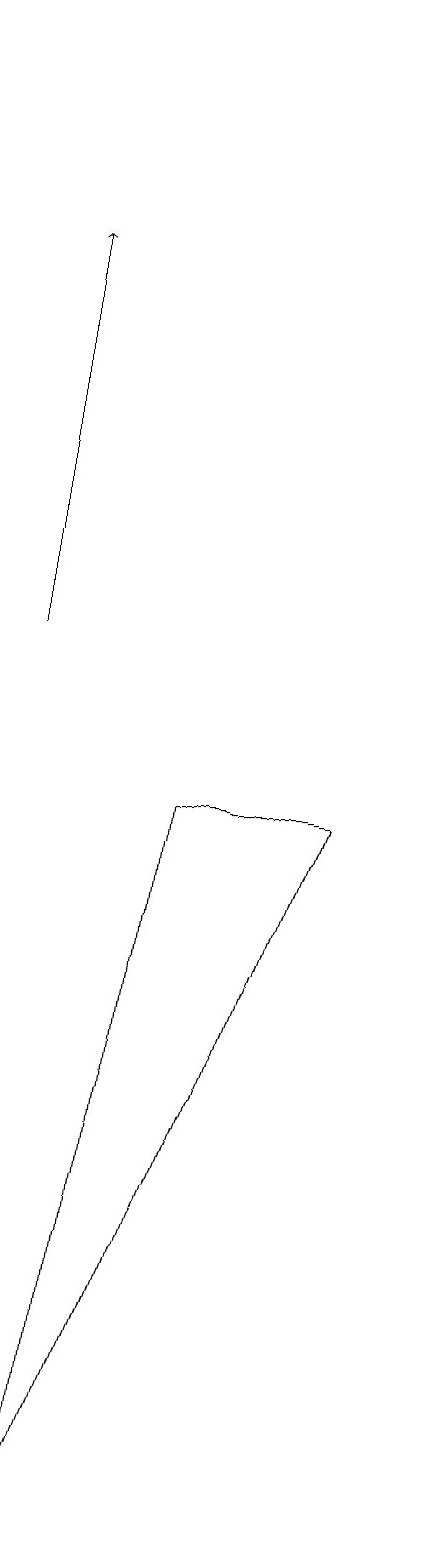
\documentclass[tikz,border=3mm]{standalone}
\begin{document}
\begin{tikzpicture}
\draw[->] (2,11) -- (2,16);
\draw (4,9) -- (3,0) -- (6,9) -- cycle;
\draw[->] (7,15) -- (6,19);
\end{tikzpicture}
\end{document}